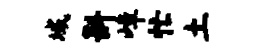
域斟嶂忙土